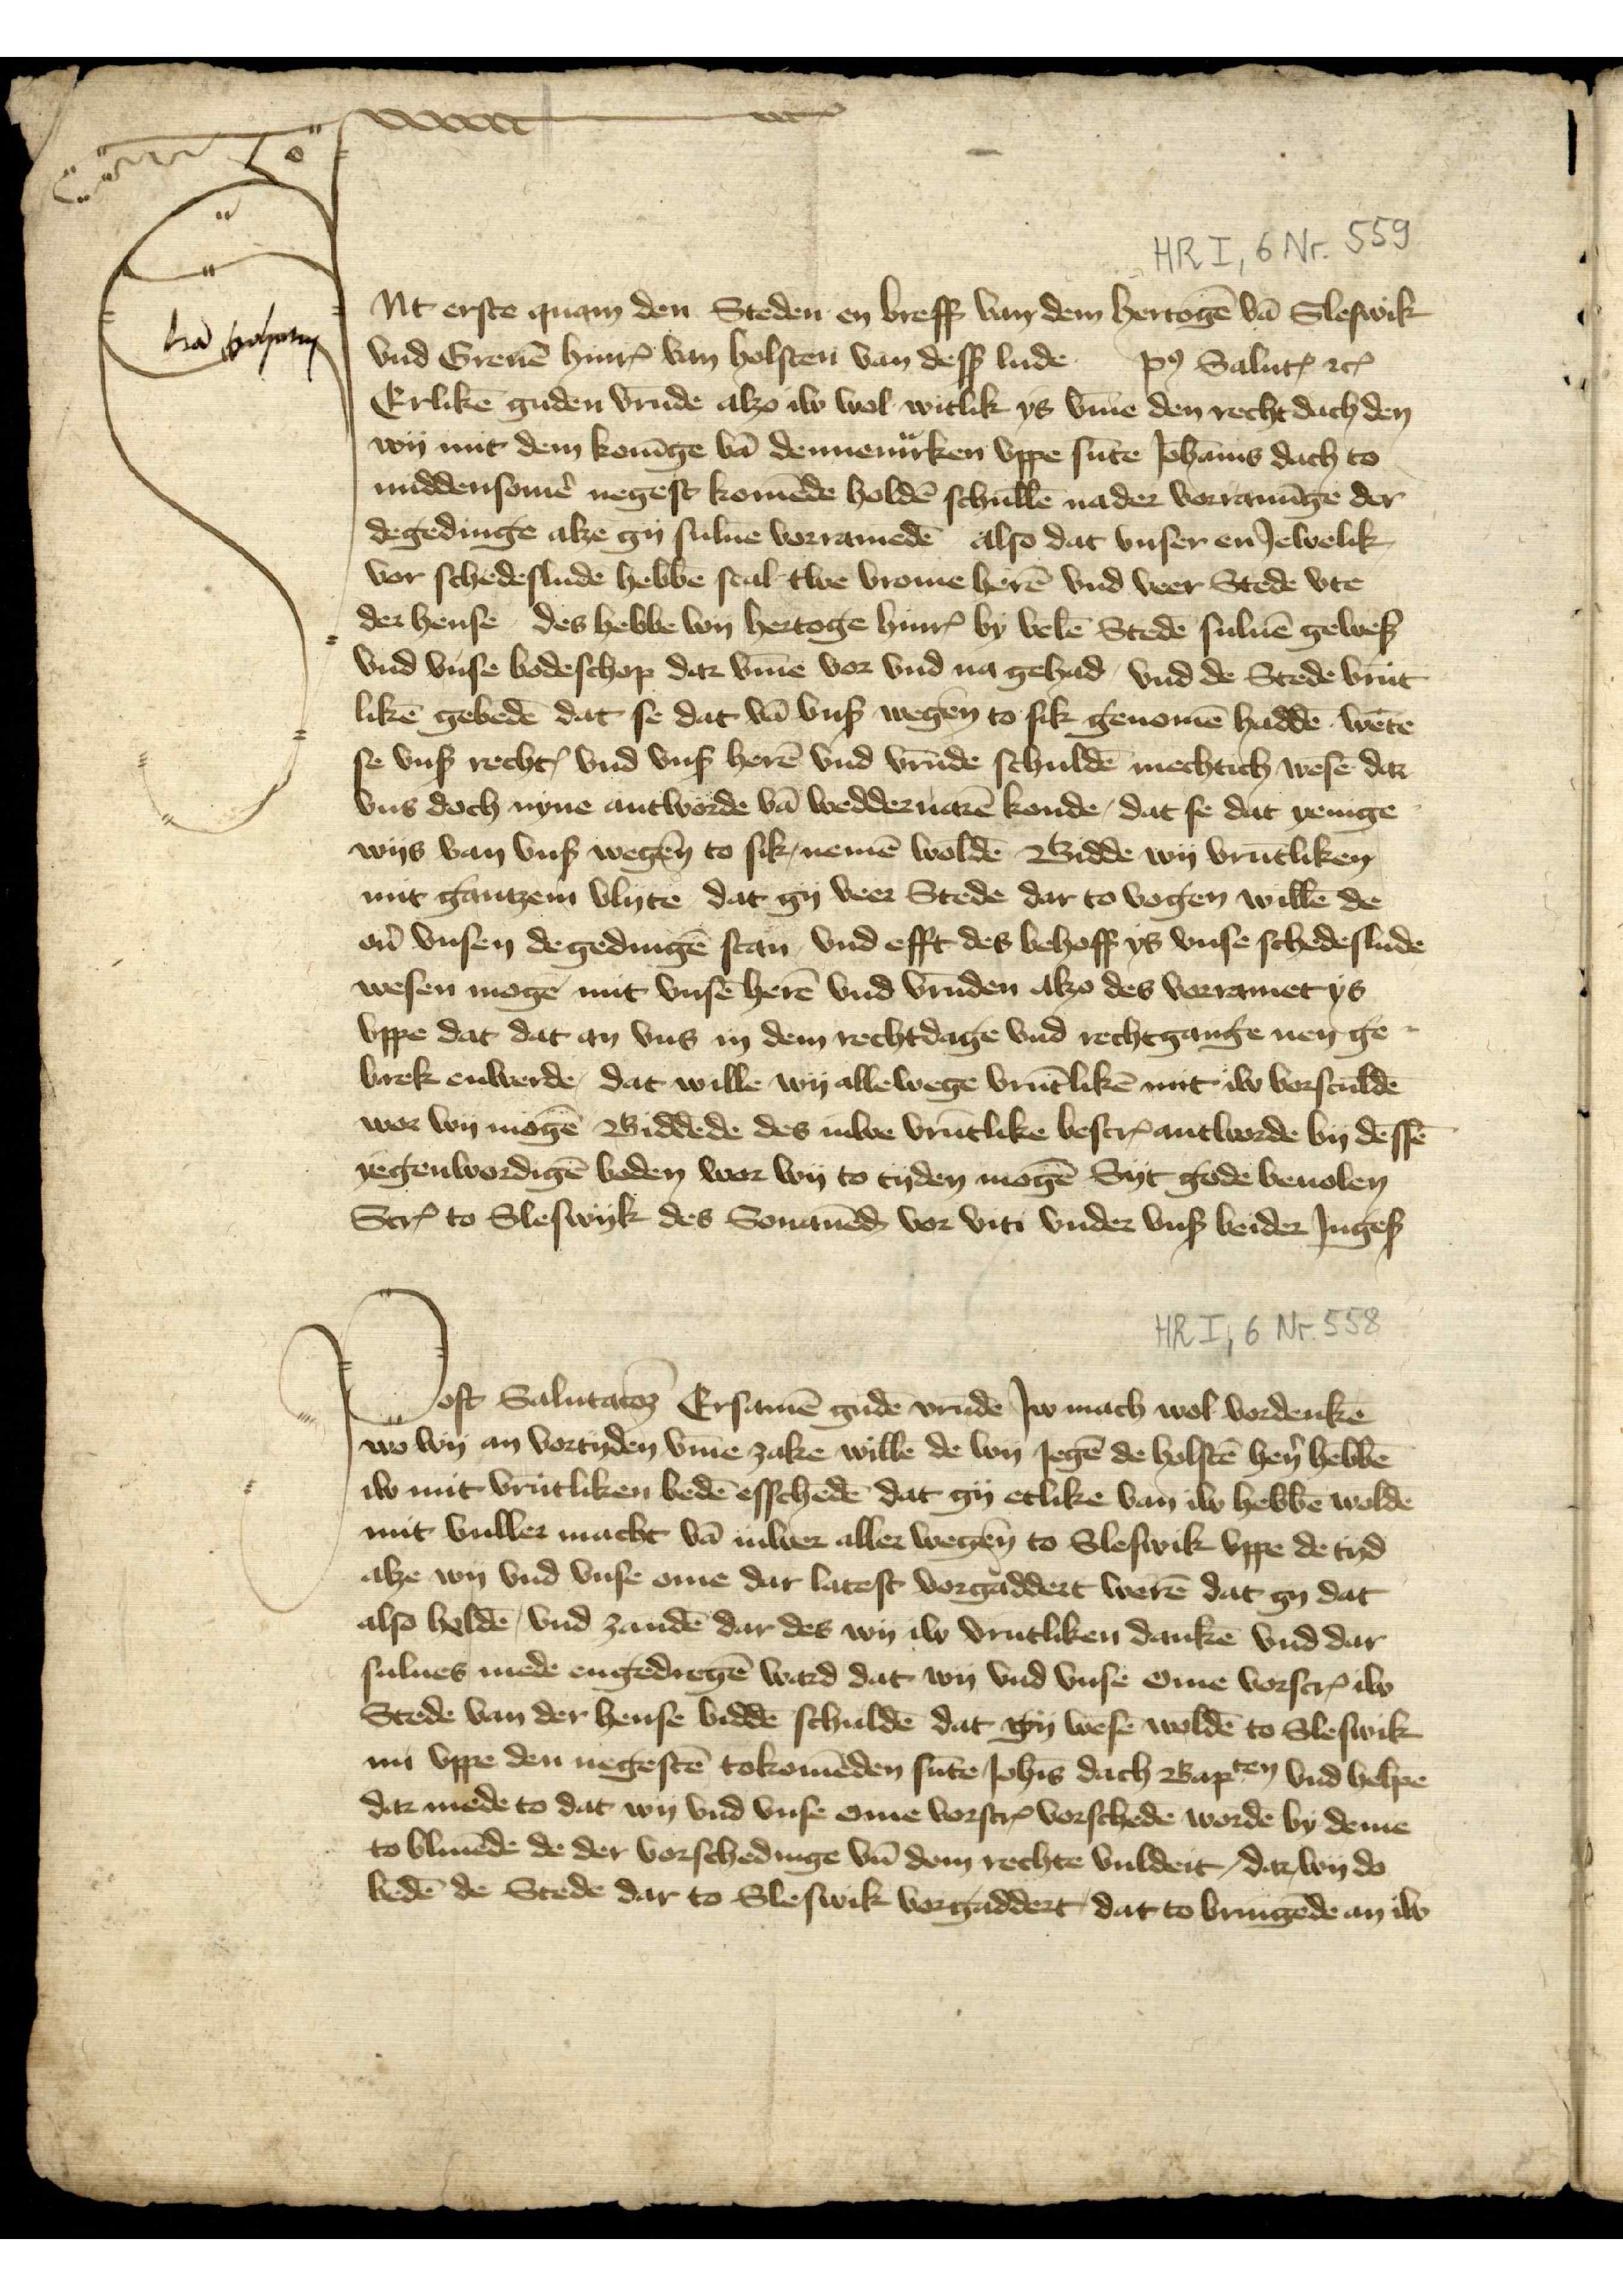
Jnt erste quam den Steden en breff van dem hertogē van Sleswik
vnd Greuē HinrꝬ van Holsten van desß lude po̧ Saluꝷ etꝬ
Erlikē guden vrūde alzo iw wol witlik ys v̄me den recht dach den
wy mit dem Konīge vā Dennemͣrken vppe sūte Johānis dach to
middensomẻ negest komēde holdē schullē na der vorrannīge der
degedinge alze gy suluē vorramedē also dat vnser en Jewelik
vor schedeslude hebbē scal twe vrome herē vnd veer Stede vte
der hense des hebbe wy hertoge HinrꝬ by velē Stedē suluē geweß
vnd vnse Bodeshop dar v̄me vor vnd na gehad, vnd de Stede vrūt¬
likē gebedē dat se dat vā vnß wegen to sik genomē haddē wēte
se vnß rechtꝬ vnd vnß herē vnd vrūde schuldē mechtich wesē dar
vns doch nyne antworde vā wedderuarē konde, dat se dat yenige
wys van vnß wegen to sik, nemē woldē Bidde wy vrūtliken
mit gantzen vlyte dat gy veer Stede dar to vogen willē de
oủ vnsen degedingē stan vnd efft des vehoff ys vnse schedeslude
wesen moge mit vnse herē vnd vrūden alzo des vorramet ys
vppe dat dat an vns in dem rechtdage vnd rechtgange nen ge¬
brek enwerde, dat wille wy allewege vrūtlikē mit iw vorsculdē
wor wy mogē Biddēde des Juwe vrūtlike bescȓ antworde by dessē
yegenwordigē boden war wy to tyden mogē Syt gode beuolen
Scȓ to Sleswik des Sonauēḑ vor viti vnder vnß beider Jngeß

J

Post Salutatoz Ersamē gudē vrūde Jw mach wol vordenke
wo wy an vortyden v̄me zake willē de wy Jegē de Holstē hẻn hebbē
iw mit vrūtliken bedē esschedē dat gy etlike van iw hebbē woldē
mit vuller macht vā iuwer aller wegen to Sleswik vppe de tyd
alze wy vnd vnse ome dar lateste vorgaddert werē dat gy dat
also heldē vnd zandē dar des wy iw vrūtliken dankē vnd dar
sulues mede engedregē ward dat wy vnd vnse ome vorscrꝬ iw
Stede van der hense biddē schuldē dat gy wese woldē to Sleswik
nu vppe den negestē tokamēden sūte Joh̄is dach Bapten vnd helpe
dar mede to dat wy vnd vnse ome vorscrꝬ vorschedē wordē by deme
to bliuēde de der vorschedinge vnd dem rechte vuldeit, dar wy de
bedē de Stede dar to Sleswik vorgaddert, dat to bringende an iw

J